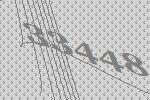
33448